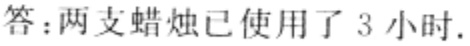
答：两支蜡烛已使用了 3 小时.